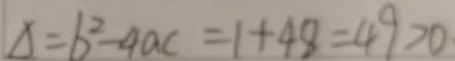
\Delta = b ^ { 2 } - 4 a c = 1 + 4 8 = 4 9 > 0